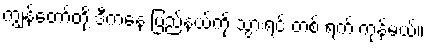
ကျွန်တော်တို့ ဒီကနေ ပြည်နယ်ကို သွားရင် တစ် ရက် ကုန်မယ်။